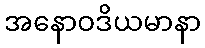
အနောဝဒိယမာနာ